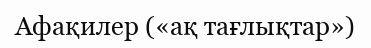
Афақилер («ақ тағлықтар»)